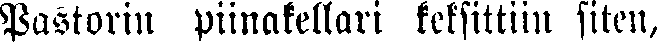
Pastorin piinakellari keksittiin siten,